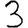
Digit: 3